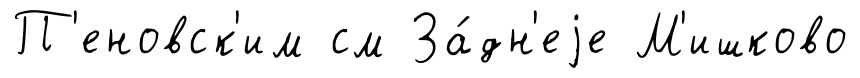
П'еновск'им см За́дн'еjе М'ишково